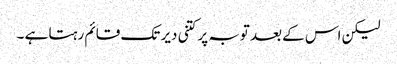
لیکن اس کے بعد توبہ پر کتنی دیر تک قائم رہتا ہے ۔